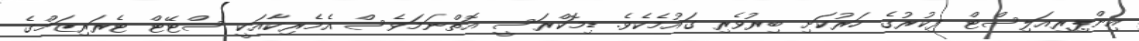
އިންޕިރިއަލިސްޓް ފިކުރުގެ ހަރުކަށި ބިރުވެރި ގައުމެކެވެ. ޑިމޮކްރަސީ އޮތްނަމަވެސް އެމެރިކާއަކީ ސްޓޭޓް ޓެރަރިޒަމްގެ